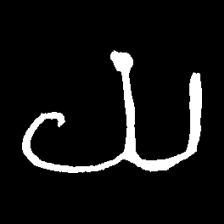
Pyu character \u2014 Myanmar letter: ယ (romanized: ya)